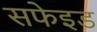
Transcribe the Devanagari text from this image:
सफेइड